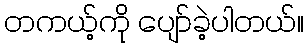
တကယ့်ကို ပျော်ခဲ့ပါတယ်။